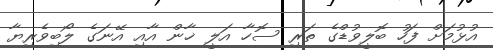
އުޅުމަށް ފަހު ބޮލީވުޑްގެ ތަރި ސޮހާ އަލީ ޚާން އާއި އޭނަގެ ލޯބިވެރިޔާ